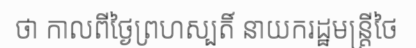
ថា កាលពីថ្ងៃព្រហស្បតិ៍ នាយករដ្ឋមន្ត្រីថៃ